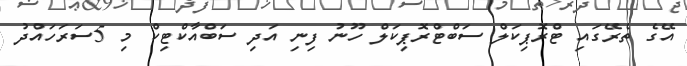
އޭގެ ތެރޭގައި ޓްރޮޕިކަލް ސަބްޓްރޮޕިކަލް ހޫނު ފިނި އަދި ސަބްއާކްޓިކް މި 5ސަރަހައްދު